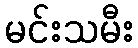
မင်းသမီး